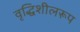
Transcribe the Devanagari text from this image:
वृद्धिशीलरूप